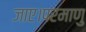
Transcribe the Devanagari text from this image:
जाए।परमाणु